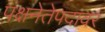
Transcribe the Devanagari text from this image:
पक्षनेतेपदावर